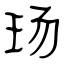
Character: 玚